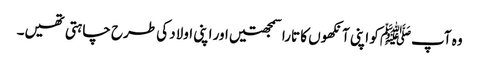
وہ آپﷺ کو اپنی آنکھوں کا تارا سمجھتیں اور اپنی اولاد کی طرح چاہتی تھیں۔